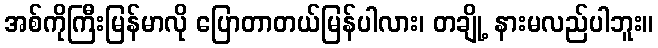
အစ်ကိုကြီးမြန်မာလို ပြောတာတယ်မြန်ပါလား၊ တချို့ နားမလည်ပါဘူး။